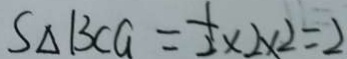
S _ { \Delta B C G } = \frac { 1 } { 2 } \times 2 \times 2 = 2